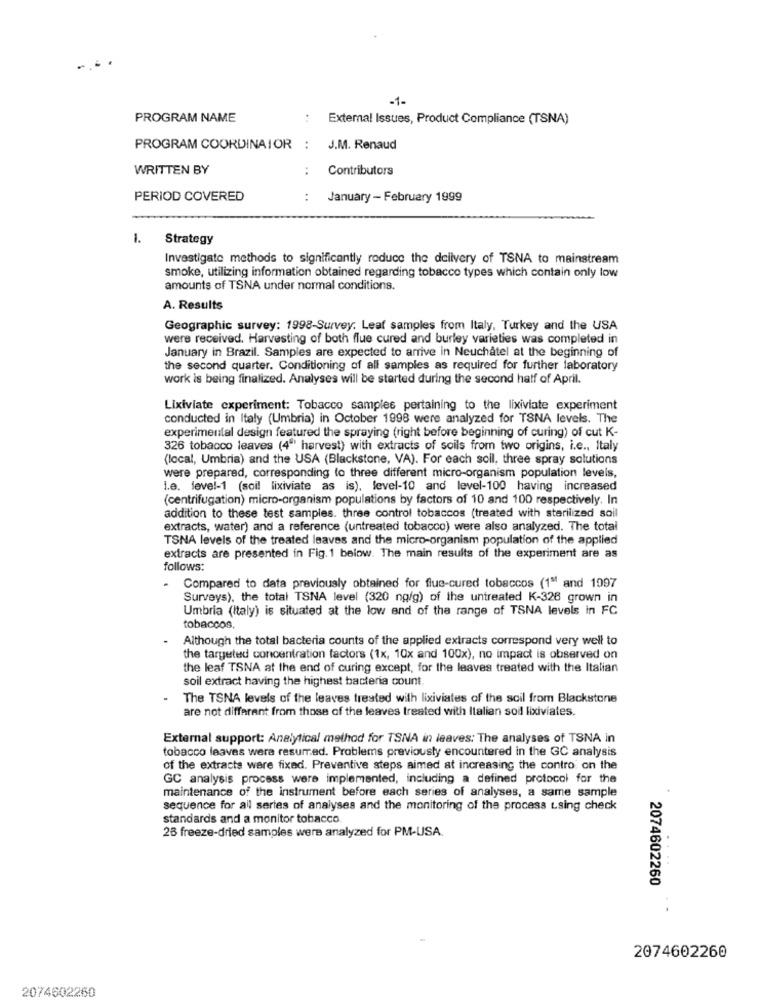
-1-
PROGRAM NAME
:
External Issues, Product Compliance (TSNA)
PROGRAM COORDINATOR :
J.M. Renaud
WRITTEN BY
:
Contributors
PERIOD COVERED
:
January - February 1999
1. Strategy
Investigate methods to significantly reduce the delivery of TSNA to mainstream
smoke, utilizing information obtained regarding tobacco types which contain only low
amounts of TSNA under normal conditions.
A. Results
Geographic survey: 1998-Survey. Leaf samples from Italy, Turkey and the USA
were received. Harvesting of both flue cured and burley varieties was completed in
January in Brazil. Samples are expected to arrive in Neuchatel at the beginning of
the second quarter. Conditioning of all samples as required for further laboratory
work is being finalized. Analyses will be started during the second hatf of April.
Lixiviate experiment: Tobacco samples pertaining to the lixiviate experiment
conducted in Italy (Umbria) in October 1998 were analyzed for TSNA levels. The
experimental design featured the spraying (right before beginning of curing) of cut K-
326 tobacco leaves (4"' harvest) with extracts of soils from two origins, i.e ., Italy
(local, Umbria) and the USA (Blackstone, VA). For each soil, three spray solutions
were prepared, corresponding to three different micro-organism population levels,
I.e. level-1 (soil lixiviate as is), level-10 and level-100 having increased
(centrifugation) micro-organism populations by factors of 10 and 100 respectively. In
addition to these test samples. three control tobaccos (treated with sterilized soi
extracts, water) and a reference (untreated tobacco) were also analyzed. The total
TSNA levels of the treated leaves and the micro-organism population of the applied
extracts are presented in Fig. 1 below. The main results of the experiment are as
follows:
Compared to data previously obtained for flue-cured tobaccos (1ª and 1997
Surveys), the total TSNA level (320 ng/g) of the untreated K-328 grown in
Umbria (Italy) is situated at the low end of the range of TSNA levels in FC
tobaccos.
Although the total bacteria counts of the applied extracts correspond very well to
the targeted concentration factors (1x, 10x and 100x), no impact is observed on
the leaf TSNA at the end of curing except, for the leaves treated with the Italian
soil extract having the highest bacteria count.
The TSNA levels of the leaves treated with lixiviates of the soil from Blackstone
are not different from those of the leaves treated with Italian sodl lixiviales.
External support: Analytical method for TSNA in leaves: The analyses of TSNA in
tobacco leaves wera resumed. Problems previously encountered in the GC analysis
of the extracts were fixed. Preventive steps aimed at increasing the contro on the
GC analysis process were implemented, including a defined protocol for the
maintenance of the instrument before each series of analyses, a same sample
sequence for all series of analyses and the monitoring of the process Lsing check
standards and a monitor tobacco
28 freeze-dried samples were analyzed for PM-USA.
2074602260
2074602260
2074602260